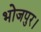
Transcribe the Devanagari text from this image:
भोजपुर।